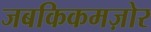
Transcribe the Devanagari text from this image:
जबकिकमज़ोर